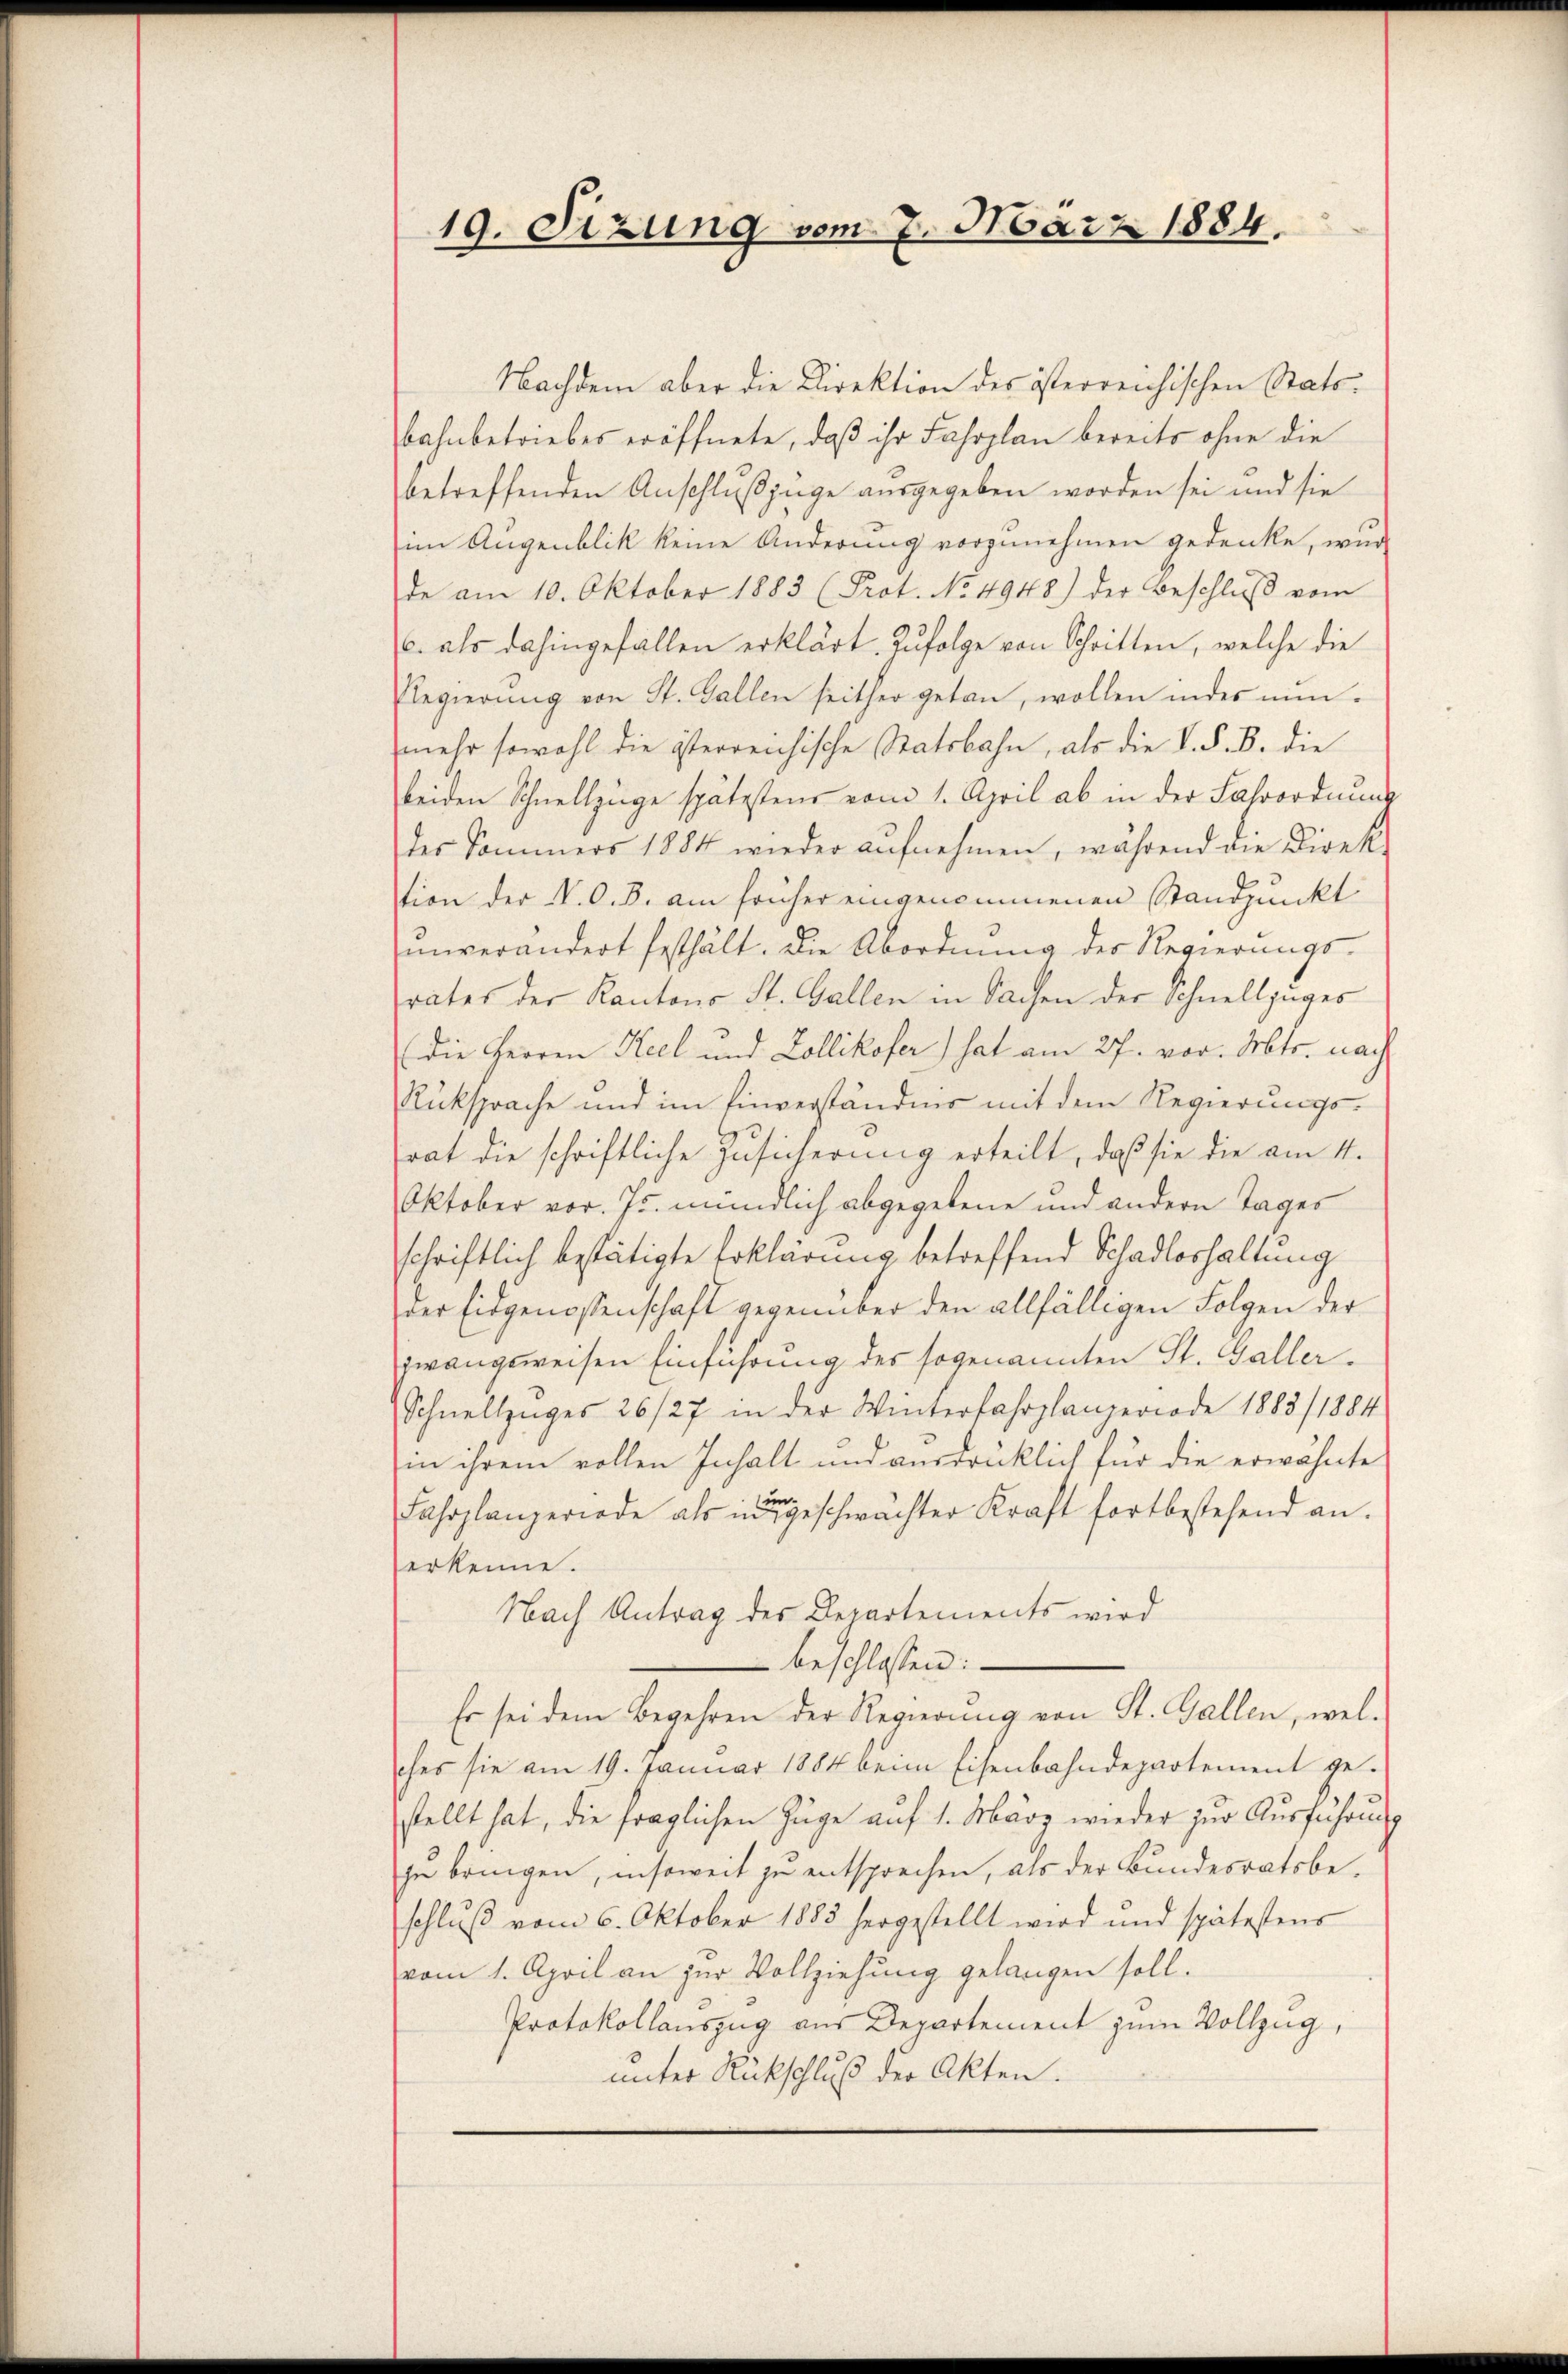
19. Sizung vom 7. März 1884.

Nachdem aber die Direktion des österreichischen Statsbahnbetriebes eröffnete, daß ihr Fahrplan bereits ohne die
betreffenden Anschlußzüge ausgegeben worden sei und sie
im Augenblik keine Änderung vorzunehmen gedenke, wur
de am 10. Oktober 1883 (Prot. No 4948) der Beschlŭβ vom
C. als dahingefällen erklärt. Zufolge von Schritten, welche die
Rlegierŭng von St. Gallen seither getan, wollen indes nŭn-
mehr sowohl die österreichische Statsbahn, als die V. P. B. die
beiden Schnellzüge spätestens vom 1. April ab in der Sahrordnung
der Sommers 1884 wieder aufnehmen, während die Direktion der V. C. B. am früher eingenommenen Standpunkt
unverändert festhält. Die Abordnung der Regierungs-
rates der Kantons St. Gallen in Sachen der Schnellzuges
(die Herren Keel und Zollikofer) hat am 27. vor. Mts. nach
Rüksprache und im Einverständnis mit dem Regierungsrat die schriftliche Zusicherung erteilt, daß sie die am 4.
Oktober vor. Js. mündlich abgegebene und andern Tages
schriftlich bestätigte Erklärung betreffend Schadloshaltung
der Eidgenossenschaft gegenüber den allfälligen Folgen der
zwangsweisen Einführung des sogenannten St. Galler¬
Schnellzŭges 26/27 in der Winterfahrplanzeriode 1883/1884
in ihrem vollen Inhalt und ausdrücklich für die erwähnte
in
Fahrplanzeriode als in geschwächter Kraft fortbestehend an.
erkenne.
Nach Antrag des Departements wird
 beschlossen:
Es sei dem Begehren der Regierung von St. Gallen, welches sie am 19. Januar 1884 beim Eisenbahndepartement ge-
stellt hat, die fraglichen Züge auf 1. März wieder zur Ausführung
zu bringen, insoweit zu entsprechen, als der Bundesratsbeschluß vom 6. Oktober 1883 hergestellt wird und spätestens
vom 1. April an zur Vollziehung gelangen soll.
Protokollauszug aus Departement zum Vollzug,
unter Rückschluß der Akten.